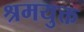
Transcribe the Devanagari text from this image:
श्रमयुक्त